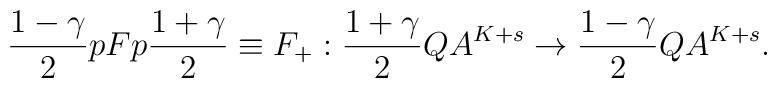
\frac{1-\gamma}{2}pFp\frac{1+\gamma}{2} \equiv F_+:\frac{1+\gamma}{2}QA^{K+s} \rightarrow \frac{1-\gamma}{2}QA^{K+s}.